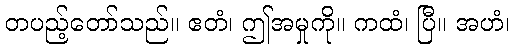
တပည့်တော်သည်။ ဧတံ၊ ဤအမှုကို။ ကထံ၊ ပြီ။ အဟံ၊